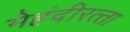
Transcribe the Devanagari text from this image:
मेहंदीरत्‍ता